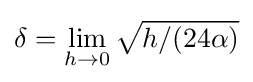
\delta =\lim _{h\to 0}{\sqrt {h/(24\alpha )}}